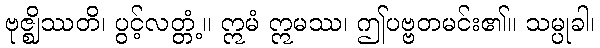
ဗုဇ္ဈိဿတိ၊ ပွင့်လတ္တံ့။ ဣမံ ဣမဿ၊ ဤပဗ္ဗတမင်း၏။ သမ္ပုခါ၊